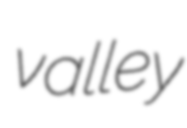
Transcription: valley